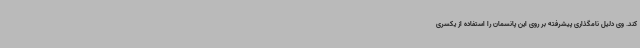
کند. وی دلیل نامگذاری پیشرفته بر روی این پانسمان را استفاده از یکسری